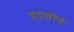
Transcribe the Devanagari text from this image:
हाजीने